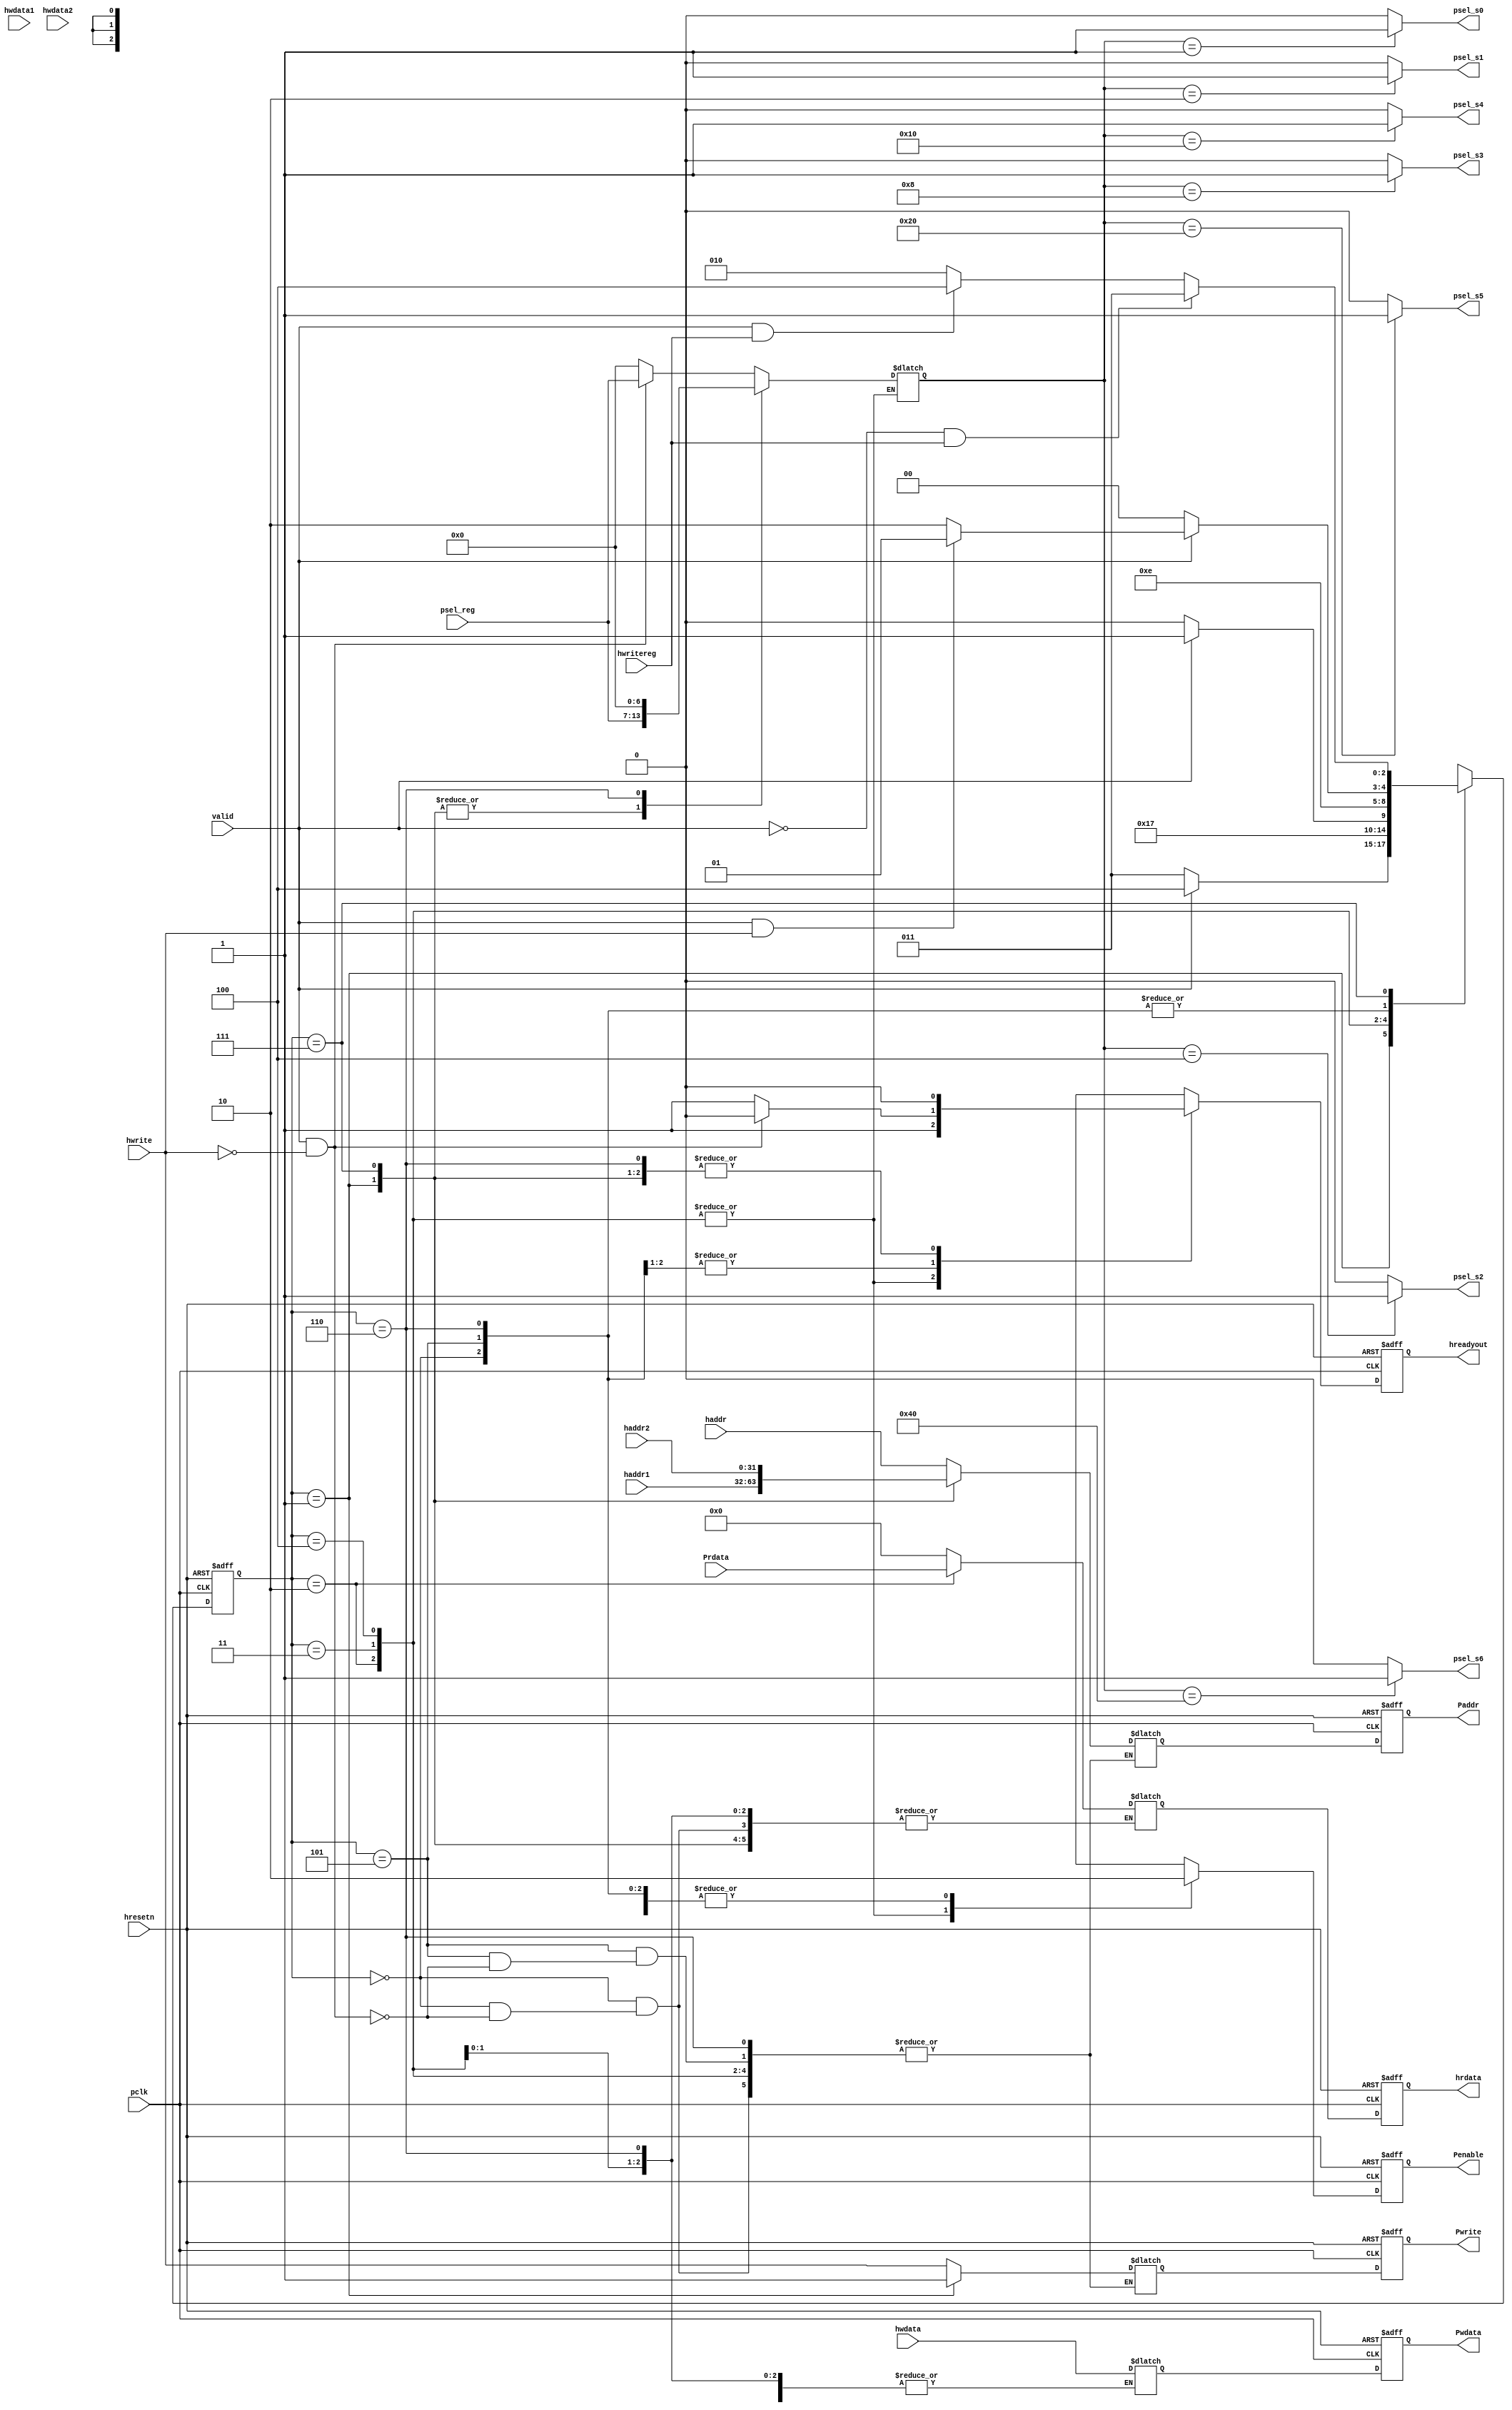

module APB_Contral( 
	pclk,
	hresetn,
	
	valid,
	haddr1,
	haddr2,
	hwdata1,
	hwdata2,
	hwritereg,
	psel_reg, 
	
	Prdata,
	
	hwrite,
	haddr,
	hwdata,
	
	Pwrite,
	Penable,
	//Pselx,
	Paddr,
	Pwdata,
	hrdata,
	hreadyout,
	psel_s6,
    psel_s5,
    psel_s4,
    psel_s3,
    psel_s2, 
    psel_s1,
    psel_s0
	);

input pclk,hresetn,valid,hwrite,hwritereg;
input [31:0] hwdata,haddr,haddr1,haddr2,hwdata1,hwdata2,Prdata;
input [6:0] psel_reg;
output reg Pwrite,Penable;
output reg hreadyout;  
output reg [31:0] Paddr,Pwdata,hrdata;
output psel_s6;
output psel_s5;
output psel_s4;
output psel_s3;
output psel_s2;
output psel_s1;
output psel_s0;
//////////////////////////////////////////////////////PARAMETERS

parameter ST_IDLE=3'b000;
parameter ST_WWAIT=3'b001;
parameter ST_READ= 3'b010;
parameter ST_WRITE=3'b011;
parameter ST_WRITEP=3'b100;
parameter ST_RENABLE=3'b101;
parameter ST_WENABLE=3'b110;
parameter ST_WENABLEP=3'b111;


//////////////////////////////////////////////////// PRESENT STATE LOGIC

reg [2:0] PRESENT_STATE,NEXT_STATE;

always @(posedge pclk or negedge hresetn)
 begin:PRESENT_STATE_LOGIC
  if (~hresetn)
    PRESENT_STATE<=ST_IDLE;
  else
    PRESENT_STATE<=NEXT_STATE;
 end


/////////////////////////////////////////////////////// NEXT STATE LOGIC

always @(PRESENT_STATE,valid,hwrite,hwritereg)
 begin:NEXT_STATE_LOGIC
  case (PRESENT_STATE)
    
 	ST_IDLE:begin
		 if (~valid)
		  NEXT_STATE=ST_IDLE;
		 else if (valid && hwrite)
		  NEXT_STATE=ST_WWAIT;
		 else 
		  NEXT_STATE=ST_READ;
		end    

	ST_WWAIT:begin
		 if (~valid)
		  NEXT_STATE=ST_WRITE;
		 else
		  NEXT_STATE=ST_WRITEP;
		end

	ST_READ: begin
		   NEXT_STATE=ST_RENABLE;
		 end

	ST_WRITE:begin
		  if (~valid)
		   NEXT_STATE=ST_WENABLE;
		  else
		   NEXT_STATE=ST_WENABLEP;
		 end

	ST_WRITEP:begin
		   NEXT_STATE=ST_WENABLEP;
		  end

	ST_RENABLE:begin
		     if (~valid)
		      NEXT_STATE=ST_IDLE;
		     else if (valid && hwrite)
		      NEXT_STATE=ST_WWAIT;
		     else
		      NEXT_STATE=ST_READ;
		   end

	ST_WENABLE:begin
		     if (~valid)
		      NEXT_STATE=ST_IDLE;
		     else if (valid && hwrite)
		      NEXT_STATE=ST_WWAIT;
		     else
		      NEXT_STATE=ST_READ;
		   end

	ST_WENABLEP:begin
		      if (~valid && hwritereg)
		       NEXT_STATE=ST_WRITE;
		      else if (valid && hwritereg)
		       NEXT_STATE=ST_WRITEP;
		      else
		       NEXT_STATE=ST_READ;
		    end

	default: begin
		   NEXT_STATE=ST_IDLE;
		  end
  endcase
 end


////////////////////////////////////////////////////////OUTPUT LOGIC:COMBINATIONAL

reg Penable_temp,Hreadyout_temp,Pwrite_temp;
reg [6:0] Pselx_temp;
reg [31:0] Paddr_temp, Pwdata_temp,prdata_temp;

always @(*)
 begin:OUTPUT_COMBINATIONAL_LOGIC
   case(PRESENT_STATE)
    
	ST_IDLE: begin
			  if (valid && ~hwrite) 
			   begin:IDLE_TO_READ
			        Paddr_temp=haddr;
				Pwrite_temp=hwrite;
				Pselx_temp=psel_reg;
				Penable_temp=0;
				Hreadyout_temp=0;
				prdata_temp=0;
			   end
			  
			  else if (valid && hwrite)
			   begin:IDLE_TO_WWAIT
			        Pselx_temp=0;
				Penable_temp=0;
				Hreadyout_temp=1;			   
			   end
			   
			  else
                            begin:IDLE_TO_IDLE
			        Pselx_temp=0;
				Penable_temp=0;
				Hreadyout_temp=1;	
			   end
		     end    

	ST_WWAIT:begin
	          if (~valid) 
			   begin:WAIT_TO_WRITE
			    Paddr_temp=haddr1;
				Pwrite_temp=1;
				Pselx_temp=psel_reg;
				Penable_temp=0;
				Pwdata_temp=hwdata;
				Hreadyout_temp=0;
			   end
			  
			  else 
			   begin:WAIT_TO_WRITEP
			    Paddr_temp=haddr1;
				Pwrite_temp=1;
				Pselx_temp=psel_reg;
				Pwdata_temp=hwdata;
				Penable_temp=0;
				Hreadyout_temp=0;		   
			   end
			   
		     end  

	ST_READ: begin:READ_TO_RENABLE
			  Penable_temp=1;
			  Hreadyout_temp=1;
			  prdata_temp=Prdata;
		     end

	ST_WRITE:begin
              if (~valid) 
			   begin:WRITE_TO_WENABLE
				Penable_temp=1;
				Hreadyout_temp=1;
			   end
			  
			  else 
			   begin:WRITE_TO_WENABLEP ///DOUBT
				Penable_temp=1;
				Hreadyout_temp=1;		   
			   end
		     end

	ST_WRITEP:begin:WRITEP_TO_WENABLEP
               Penable_temp=1;
			   Hreadyout_temp=1;
		      end

	ST_RENABLE:begin
	            if (valid && ~hwrite) 
				 begin:RENABLE_TO_READ
					Paddr_temp=haddr;
					Pwrite_temp=hwrite;
					Pselx_temp=psel_reg;
					Penable_temp=0;
					Hreadyout_temp=0;
					prdata_temp=0;
				 end
			  
			  else if (valid && hwrite)
			    begin:RENABLE_TO_WWAIT
			     Pselx_temp=0;
				 Penable_temp=0;
				 Hreadyout_temp=1;	
				 prdata_temp=0;
			    end
			   
			  else
                begin:RENABLE_TO_IDLE
			     Pselx_temp=0;
				 Penable_temp=0;
				 Hreadyout_temp=1;	
				 prdata_temp=0;
			    end

		       end

	ST_WENABLEP:begin
                 if (~valid && hwritereg) 
			      begin:WENABLEP_TO_WRITEP
			       Paddr_temp=haddr2;
				   Pwrite_temp=hwrite;
				   Pselx_temp=psel_reg;
				   Penable_temp=0;
				   Pwdata_temp=hwdata;
				   Hreadyout_temp=0;
				  end

			  
			    else 
			     begin:WENABLEP_TO_WRITE_OR_READ /////DOUBT
			      Paddr_temp=haddr2;
				  Pwrite_temp=hwrite;
				  Pselx_temp=psel_reg;
				  Pwdata_temp=hwdata;
				  Penable_temp=0;
				  Hreadyout_temp=0;		   
			     end
		        end

	ST_WENABLE :begin
	             if (~valid && hwritereg) 
			      begin:WENABLE_TO_IDLE
				   Pselx_temp=0;
				   Penable_temp=0;
				   Hreadyout_temp=0;
				  end

			  
			    else 
			     begin:WENABLE_TO_WAIT_OR_READ /////DOUBT
				  Pselx_temp=0;
				  Penable_temp=0;
				  Hreadyout_temp=0;		   
			     end

		        end

 endcase
end


////////////////////////////////////////////////////////OUTPUT LOGIC:SEQUENTIAL

always @(posedge pclk or negedge hresetn)
 begin
  
  if (~hresetn)
   begin
    Paddr<=0;
	Pwrite<=0;
	//Pselx<=0;
	Pwdata<=0;
	Penable<=0;
	hreadyout<=0;
	hrdata<=0;
   end
  
  else
   begin
    Paddr<=Paddr_temp;
	Pwrite<=Pwrite_temp;
	//Pselx<=Pselx_temp;
	Pwdata<=Pwdata_temp;
	Penable<=Penable_temp;
	hreadyout<=Hreadyout_temp;
	hrdata<=prdata_temp;
   end
 end
assign psel_s0=(Pselx_temp==7'b0000001)?1:0;
assign psel_s1=(Pselx_temp==7'b0000010)?1:0;
assign psel_s2=(Pselx_temp==7'b0000100)?1:0;
assign psel_s3=(Pselx_temp==7'b0001000)?1:0;
assign psel_s4=(Pselx_temp==7'b0010000)?1:0;
assign psel_s5=(Pselx_temp==7'b0100000)?1:0;
assign psel_s6=(Pselx_temp==7'b1000000)?1:0;

endmodule